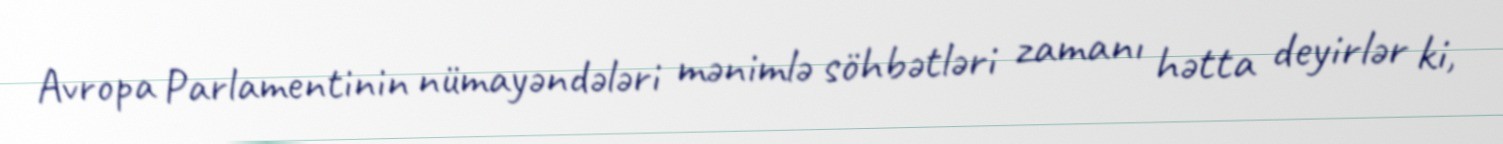
Avropa Parlamentinin nümayəndələri mənimlə söhbətləri zamanı hətta deyirlər ki,